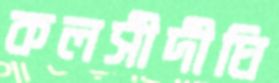
কলসীদীঘি